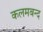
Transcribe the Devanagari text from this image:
कलमबन्द